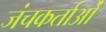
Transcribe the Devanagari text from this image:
जंचकर्ताओं